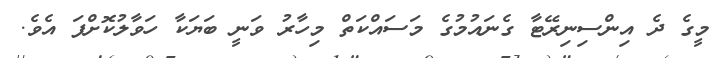
މީގެ ދެ އިންސިނިރޭޓާ ގެނައުމުގެ މަސައްކަތް މިހާރު ވަނީ ބަޔަކާ ހަވާލުކޮށްފަ އެވެ.